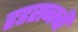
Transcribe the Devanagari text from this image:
हडसनची